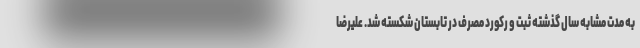
به مدت مشابه سال گذشته ثبت و رکورد مصرف در تابستان شکسته شد. علیرضا